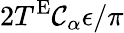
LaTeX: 2T^{\textnormal{E}}\mathcal{C}_{\alpha}\epsilon/\pi